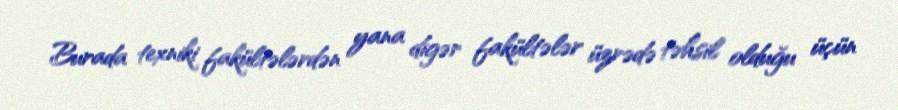
Burada texniki fakültələrdən yana digər fakültələr üzrədə təhsil olduğu üçün